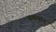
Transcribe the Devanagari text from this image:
बकवाद